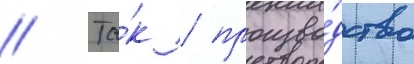
// Та́к / произво́дство